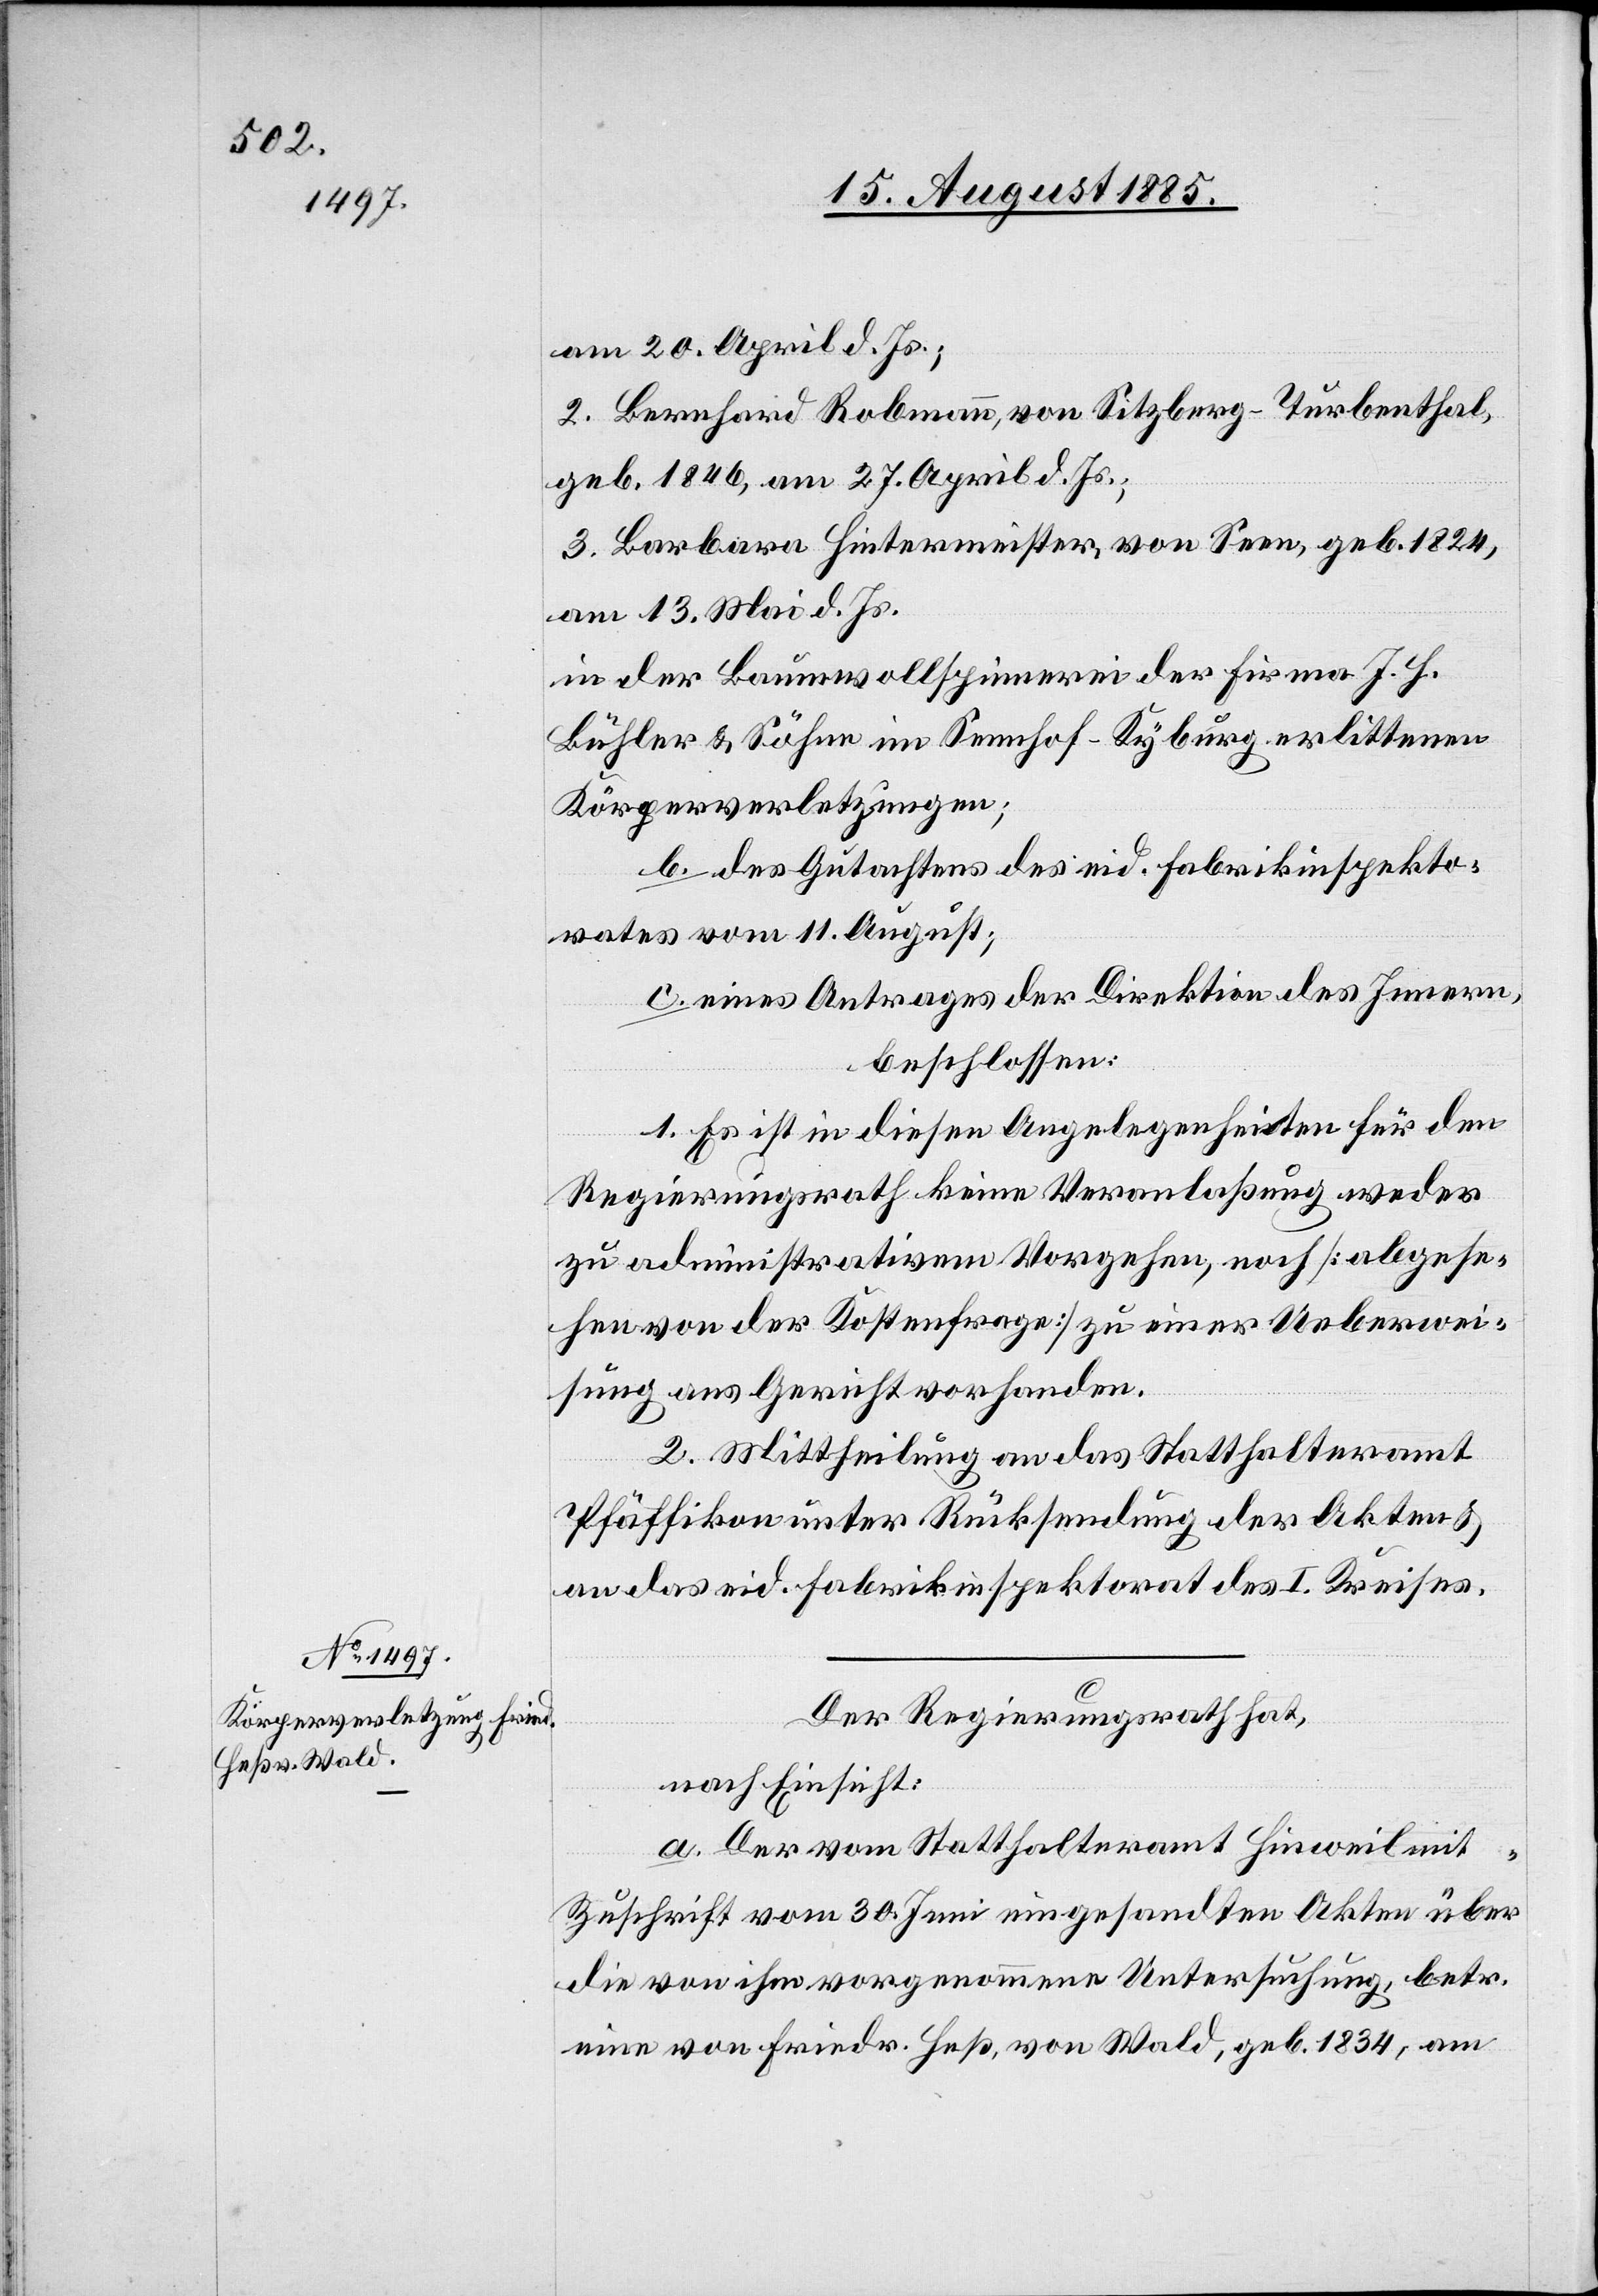
am 20. April d. Js.;
2. Bernhard Robmann, von Sitzberg - Turbenthal,
geb. 1846, am 27. April d. Js.;
3. Barbara Hintermeister, von Seen, geb. 1824,
am 13. Mai d. Js.
in der Baumwollspinnerei der Firma J. H.
Bühler & Söhne im Sennhof - Kyburg erlittenen
Körperverletzungen;
b. des Gutachtens des eid. Fabrikinspekto¬
rates vom 11. August;
c. eines Antrages der Direktion des Innern
beschlossen:
1. Es ist in diesen Angelegenheiten für den
Regierungsrath keine Veranlaßung weder
zu administrativem Vorgehen, noch [abgese¬
hen von der Kostenfrage] zu einer Ueberwei¬
sung ans Gericht vorhanden.
2. Mittheilung an das Statthalteramt
Pfäffikon unter Rücksendung der Akten &
an das eid. Fabrikinspektorat des I. Kreises.
Der Regierungsrath hat,
nach Einsicht:
a. Der vom Statthalteramt Hinweil mit
Zuschrift vom 30. Juni eingesandten Akten über
die von ihm vorgenommene Untersuchung, betr.
eine von Friedr. Heß, von Wald, geb. 1834, am